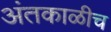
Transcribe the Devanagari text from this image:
अंतकाळीच